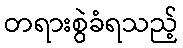
တရားစွဲခံရသည့်